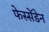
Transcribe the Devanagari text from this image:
फेस्सेंडेन